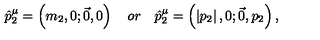
\hat { p } _ { 2 } ^ { \mu } = \left( m _ { 2 } , 0 ; \vec { 0 } , 0 \right) \quad o r \quad \hat { p } _ { 2 } ^ { \mu } = \left( \left| p _ { 2 } \right| , 0 ; \vec { 0 } , p _ { 2 } \right) ,